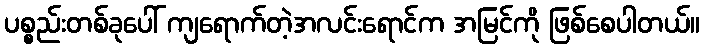
ပစ္စည်းတစ်ခုပေါ် ကျရောက်တဲ့အလင်းရောင်က အမြင်ကို ဖြစ်စေပါတယ်။